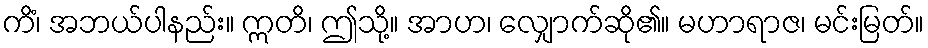
ကိံ၊ အဘယ်ပါနည်း။ ဣတိ၊ ဤသို့။ အာဟ၊ လျှောက်ဆို၏။ မဟာရာဇ၊ မင်းမြတ်။